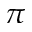
\pi